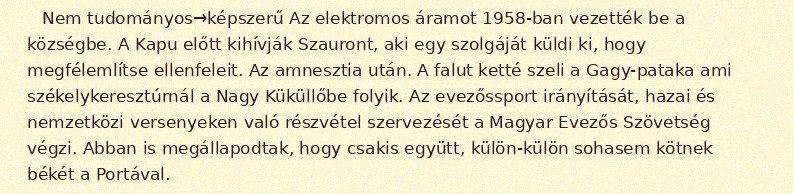
Nem tudományos→képszerű Az elektromos áramot 1958-ban vezették be a községbe. A Kapu előtt kihívják Szauront, aki egy szolgáját küldi ki, hogy megfélemlítse ellenfeleit. Az amnesztia után. A falut ketté szeli a Gagy-pataka ami székelykeresztúrnál a Nagy Küküllőbe folyik. Az evezőssport irányítását, hazai és nemzetközi versenyeken való részvétel szervezését a Magyar Evezős Szövetség végzi. Abban is megállapodtak, hogy csakis együtt, külön-külön sohasem kötnek békét a Portával.